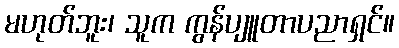
မဟုတ်ဘူး၊ သူက ကွန်ပျူတာပညာရှင်။